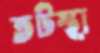
তটস্থা